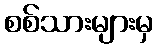
စစ်သားများမှ